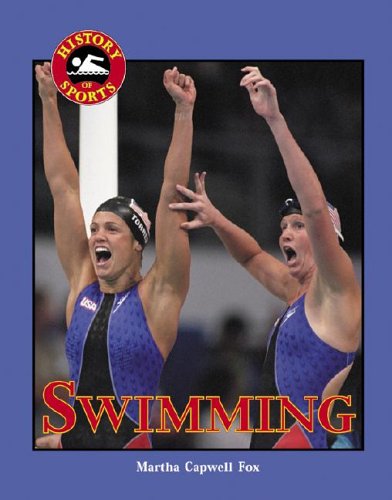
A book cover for Swimming (History of Sports); Martha Capwell Fox; Teen & Young Adult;